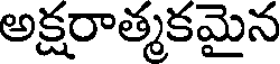
అక్షరాత్మకమైన